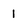
Character: 1